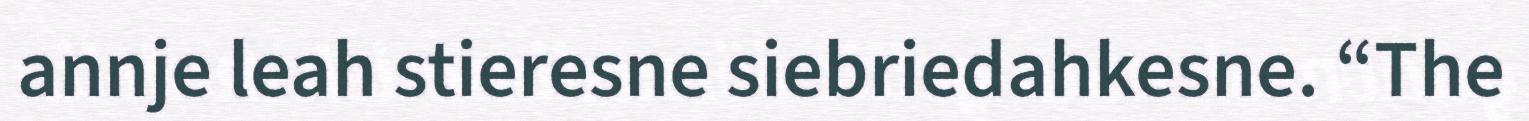
annje leah stieresne siebriedahkesne. “The